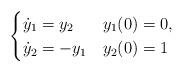
LaTeX: \begin{align*} \begin{cases} \dot{y}_{1}=y_2 &y_{1}(0)=0,\\ \dot{y}_{2}=-y_1 &y_2(0)=1 \end{cases} \end{align*}